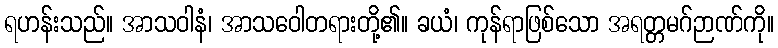
ရဟန်းသည်။ အာသဝါနံ၊ အာသဝေါတရားတို့၏။ ခယံ၊ ကုန်ရာဖြစ်သော အရတ္တမဂ်ဉာဏ်ကို။